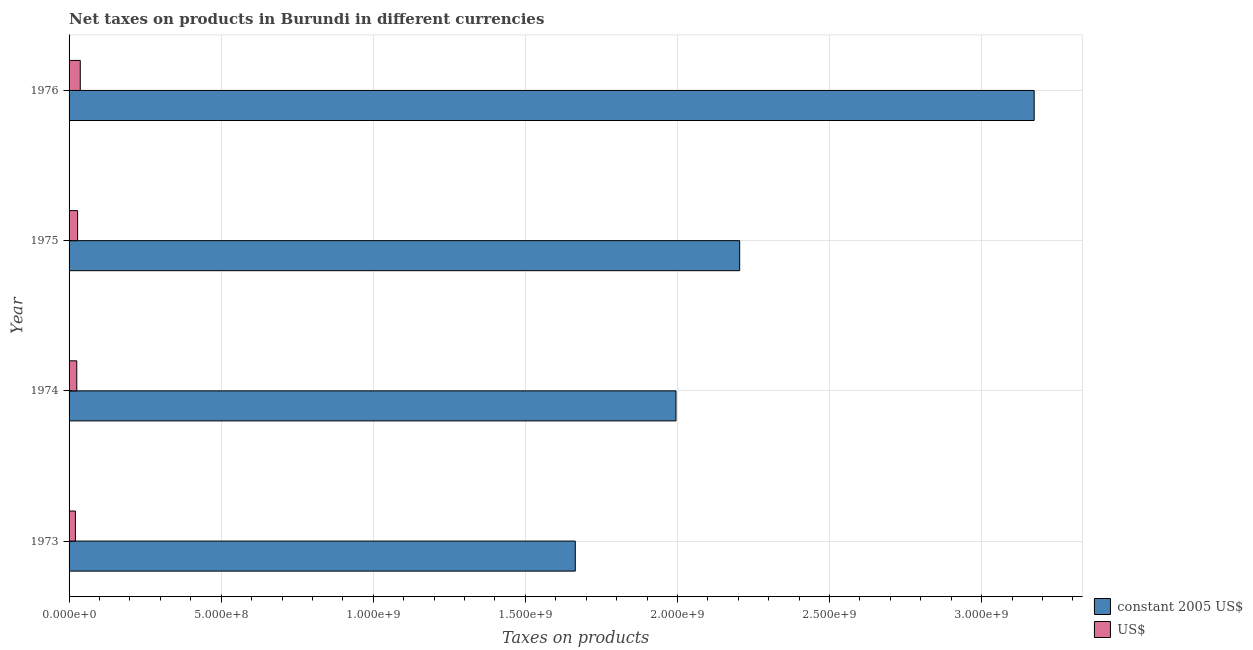
| Year | constant 2005 US$ | US$ |
 | --- | --- | --- |
 | 1973 | 1.66e+09 | 2.08e+07 |
 | 1974 | 2e+09 | 2.53e+07 |
 | 1975 | 2.2e+09 | 2.8e+07 |
 | 1976 | 3.17e+09 | 3.68e+07 |